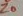
Text: Z0